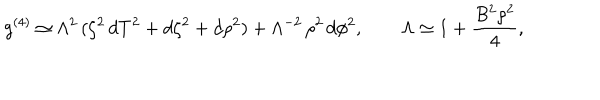
g ^ { ( 4 ) } \simeq \Lambda ^ { 2 } \, ( \zeta ^ { 2 } \, d T ^ { 2 } + d \zeta ^ { 2 } + d \rho ^ { 2 } ) + \Lambda ^ { - 2 } \, \rho ^ { 2 } \, d \phi ^ { 2 } , \qquad \Lambda \simeq 1 + \frac { B ^ { 2 } \rho ^ { 2 } } { 4 } ,